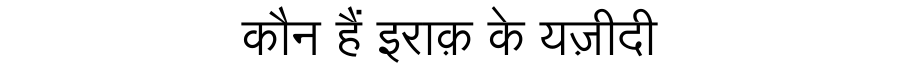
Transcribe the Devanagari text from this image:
कौन हैं इराक़ के यज़ीदी